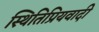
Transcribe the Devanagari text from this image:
स्थितिप्रियवादी